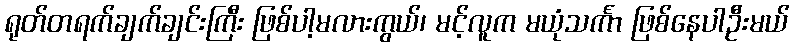
ရုတ်တရက်ချက်ချင်းကြီး ဖြစ်ပါ့မလားကွယ်၊ မင့်လူက မယုံသင်္ကာ ဖြစ်နေပါဦးမယ်